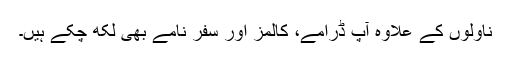
ناولوں کے علاوہ آپ ڈرامے، کالمز اور سفر نامے بھی لکھ چکے ہیں۔